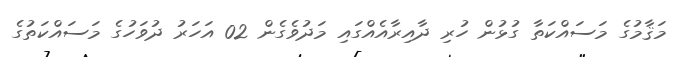
މަޤާމުގެ މަސައްކަތާ ގުޅުން ހުރި ދާއިރާއެއްގައި މަދުވެގެން 02 އަހަރު ދުވަހުގެ މަސައްކަތުގެ